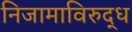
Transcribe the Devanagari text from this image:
निजामाविरुद्ध